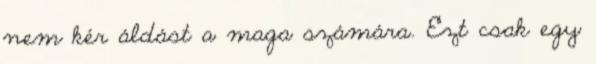
nem kér áldást a maga számára. Ezt csak egy